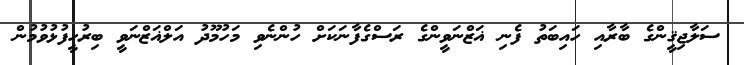
ސަލާޖިޤީންގެ ބާރާއި ހައިބަތު ފެނި ޣަޒްނަވީންގެ ރަސްގެފާނަކަށް ހުންނެވި މަހުމޫދު އަލްޣަޒްނަވީ ބިރުހީފުޅުވުމުން